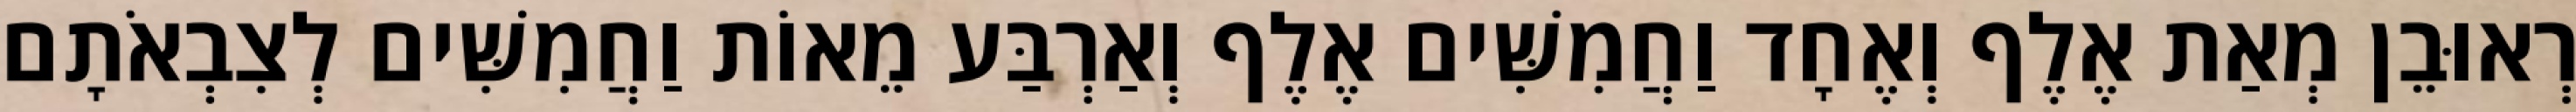
רְאוּבֵן מְאַת אֶלֶף וְאֶחָד וַחֲמִשִּׁים אֶלֶף וְאַרְבַּע מֵאוֹת וַחֲמִשִּׁים לְצִבְאֹתָם